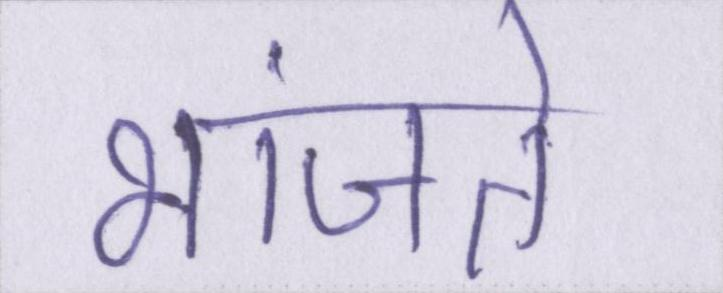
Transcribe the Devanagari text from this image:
भांजते